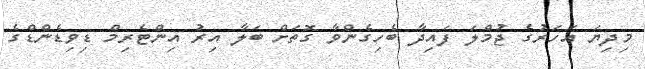
މިދިޔަ އަހަރުގެ ޖުމްލަ ފައިދާ ބެހިގެންވާ ގޮތަށް ބަލާ އިރު އިންޓެރިމް ޑިވިޑެންޑްގެ